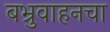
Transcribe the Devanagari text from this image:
बभ्रुवाहनचा